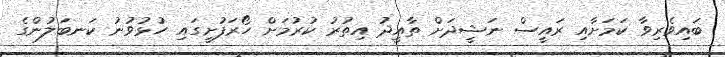
ބައިވެރިވާ ކަމަށާއި ރައީސް ނަޝީދަށް ތާއީދު އިތުރު ކުރުމަށް ހޯރަފުށީގައި ހުޅުވުނު ކަނބަލުންގެ